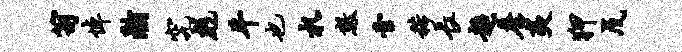
笥悼瀚究彪牛也札数啻稀长超詹夷狎戊